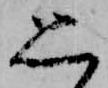
思